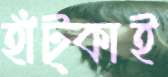
হাঁট্‌কাই